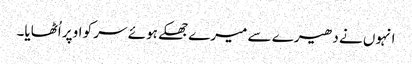
انہوں نے دھیرے سے میرے جھکے ہوئے سر کو اوپر اُٹھایا۔